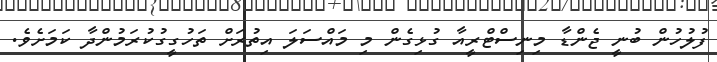
ފުލުހުން ބުނީ ޖެންޑާ މިނިސްޓްރީއާ ގުޅިގެން މި މައްސަލަ އިތުރަށް ތަހުގީގުކުރަމުންދާ ކަމަށެވެ.